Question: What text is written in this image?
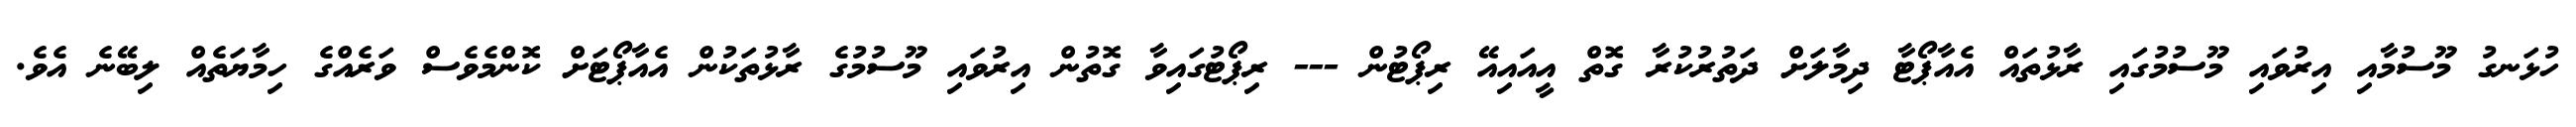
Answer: ހުޅަނގު މޫސުމާއި އިރުވައި މޫސުމުގައި ރާޅުތައް އެއާޕޯޓާ ދިމާލަށް ދަތުރުކުރާ ގޮތް އީއައިއޭ ރިޕޯޓުން --- ރިޕޯޓުގައިވާ ގޮތުން އިރުވައި މޫސުމުގެ ރާޅުތަކުން އެއާޕޯޓަށް ކޮންމެވެސް ވަރެއްގެ ހިމާޔަތެއް ލިބޭނެ އެވެ.